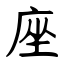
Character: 座